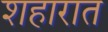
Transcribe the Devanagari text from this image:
शहारात